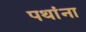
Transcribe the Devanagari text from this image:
पथांना